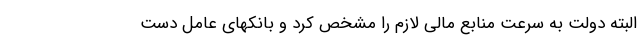
البته دولت به سرعت منابع مالی لازم را مشخص کرد و بانکهای عامل دست